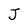
Character: J